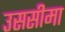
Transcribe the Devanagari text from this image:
उससीमा